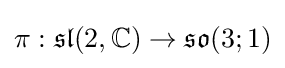
\pi :{\mathfrak {sl}}(2,\mathbb {C} )\to {\mathfrak {so}}(3;1)